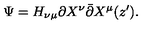
\Psi = H _ { \nu \mu } \partial X ^ { \nu } \bar { \partial } X ^ { \mu } ( z ^ { \prime } ) .